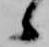
候